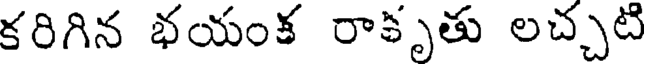
కరిగిన భయంక రాకృతు లచ్చటి